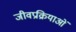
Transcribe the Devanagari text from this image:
जीवप्रक्रियाओं